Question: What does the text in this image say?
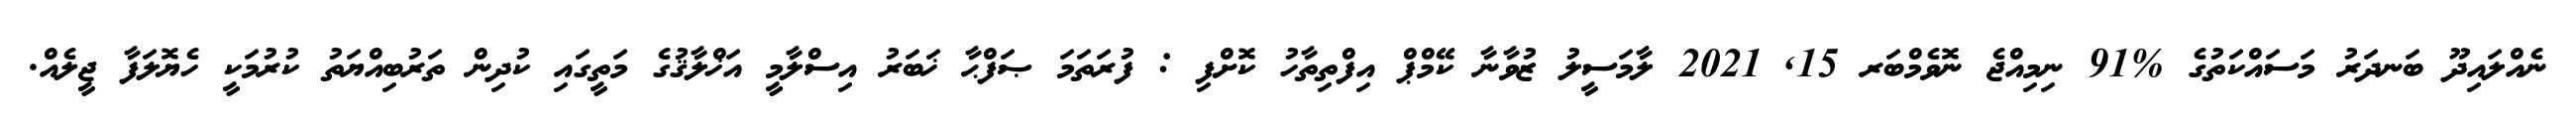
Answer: ނެއްލައިދޫ ބަނދަރު މަސައްކަތުގެ %91 ނިމިއްޖެ ނޮވެމްބަރ 15, 2021 ލާމަސީލު ޒުވާނާ ކޭމްޕް އިފްތިތާހު ކޮށްފި : ފުރަތަމަ ޞަފްޙާ ޚަބަރު އިސްލާމީ އަޚްލާޤުގެ މަތީގައި ކުދިން ތަރުބިއްޔަތު ކުރުމަކީ ހެޔޮލަފާ ޖީލެއް.